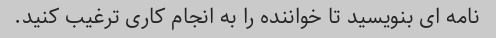
نامه ای بنویسید تا خواننده را به انجام کاری ترغیب کنید.